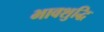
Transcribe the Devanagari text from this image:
भावशुद्धि